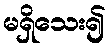
မရှိသေး၍